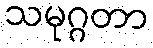
သမုဂ္ဂတာ